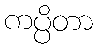
ကပ္ပိတာ